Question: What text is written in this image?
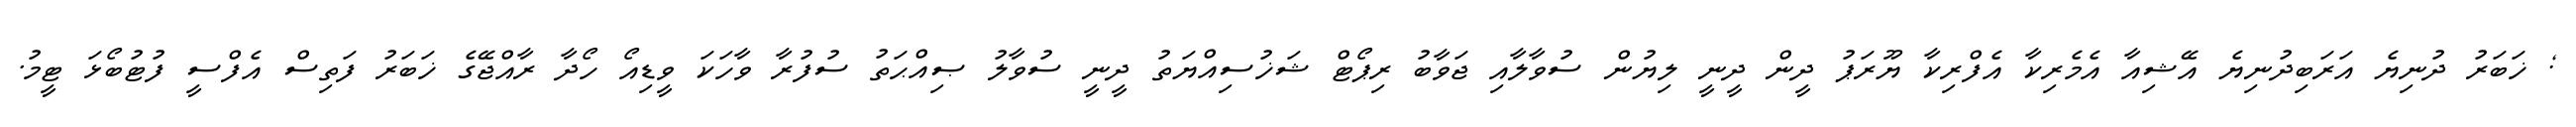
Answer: ; ޚަބަރު ދުނިޔެ އަރަބިދުނިޔެ އޭޝިއާ އެމެރިކާ އެފްރިކާ ޔޫރަޕު ދީން ދީނީ ލިޔުން ސުވާލާއި ޖަވާބު ރިޕޯޓް ޝަޚުސިއްޔަތު ދީނީ ސުވާލު ޞިއްޙަތު ސުފުރާ ވާހަކަ ވީޑިއޯ ހޯދާ ރާއްޖޭގެ ޚަބަރު ފަތިސް އެފްސީ ފުޓުބޯޅަ ޓީމު.